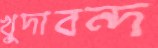
খুদাবন্দ